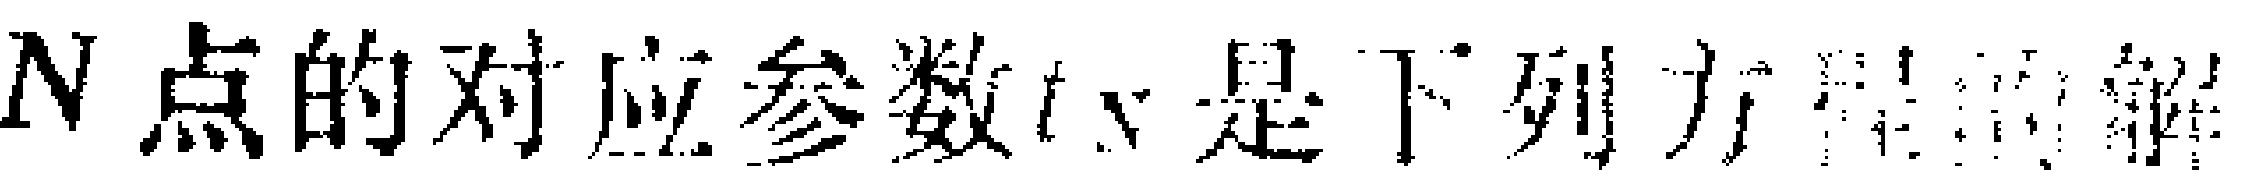
$N$点的对应参数$t_N$是下列方程的解